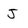
Character: J